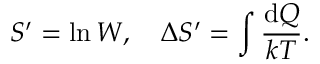
{ S ^ { \prime } = \ln W } , \quad \Delta S ^ { \prime } = \int { \frac { \mathrm { d } Q } { k T } } .